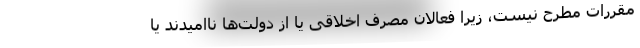
مقررات مطرح نیست، زیرا فعالان مصرف اخلاقی یا از دولت‌ها ناامیدند یا